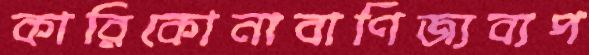
কারিকোনাবাণিজ্যব্যপ